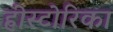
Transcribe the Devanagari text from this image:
हीस्टोरिका